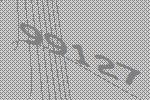
99127